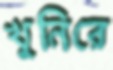
খুনিরে